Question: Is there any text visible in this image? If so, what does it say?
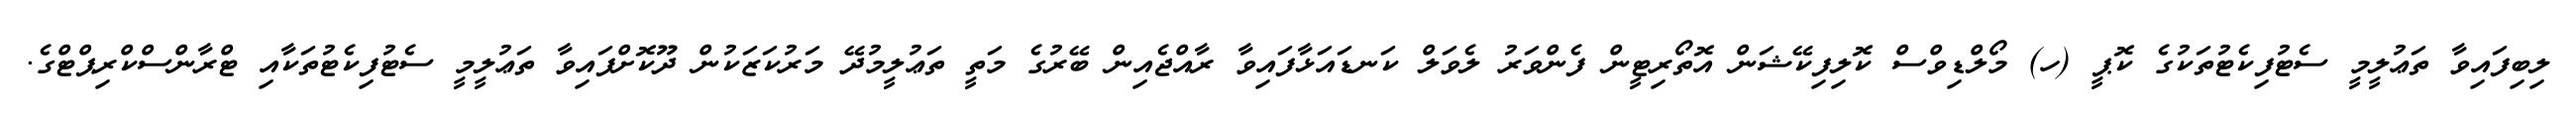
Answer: ލިބިފައިވާ ތަޢުލީމީ ސެޓުފިކެޓުތަކުގެ ކޮޕީ (ހ) މޯލްޑިވްސް ކޮލިފިކޭޝަން އޮތޯރިޓީން ފެންވަރު ލެވަލް ކަނޑައަޅާފައިވާ ރާއްޖެއިން ބޭރުގެ މަތީ ތަޢުލީމުދޭ މަރުކަޒަކުން ދޫކޮށްފައިވާ ތަޢުލީމީ ސެޓުފިކެޓުތަކާއި ޓްރާންސްކްރިޕްޓްގެ.